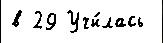
в 29 Учи́лась